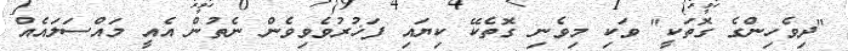
"ދިވެހިންގެ ގޮތަކީ" ވަކި މިވެނި ގޮތެކޭ ކިޔައި ފަޚުރުވެވިވެން ނެތުން އެއީ މައްސަލައެއް